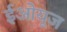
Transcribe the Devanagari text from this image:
ईओयूज